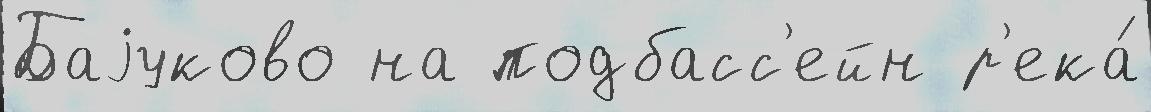
Баjуково на подбасс'ейн р'ека́